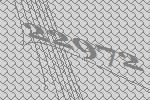
22972